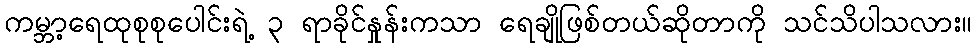
ကမ္ဘာ့ရေထုစုစုပေါင်းရဲ့ ၃ ရာခိုင်နှုန်းကသာ ရေချိုဖြစ်တယ်ဆိုတာကို သင်သိပါသလား။